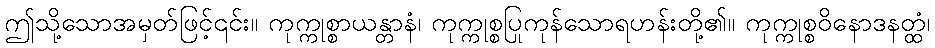
ဤသို့သောအမှတ်ဖြင့်၎င်း။ ကုက္ကုစ္စာယန္တာနံ၊ ကုက္ကုစ္စပြုကုန်သောရဟန်းတို့၏။ ကုက္ကုစ္စဝိနောဒနတ္ထံ၊